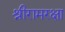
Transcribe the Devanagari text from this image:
श्रीरामरक्षा